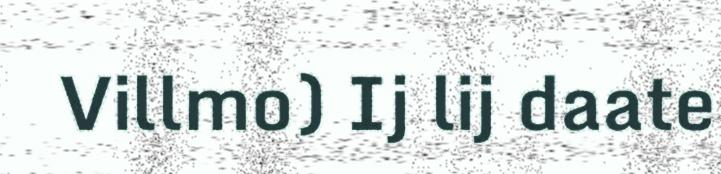
Villmo) Ij lij daate